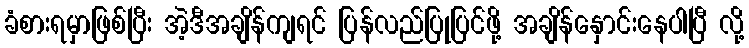
ခံစားရမှာဖြစ်ပြီး အဲ့ဒီအချိန်ကျရင် ပြန်လည်ပြုပြင်ဖို့ အချိန်နှောင်းနေပါပြီ လို့